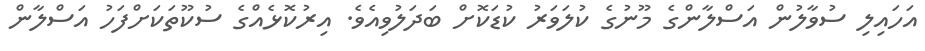
އަހައިލި ސުވާލުން އަސްލާންގެ މޫނުގެ ކުލަވަރު ކުޑަކޮށް ބަދަލުވިއެވެ. އިރުކޮޅެއްގެ ސުކޫތަކަށްފަހު އަސްލާން